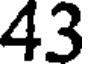
43